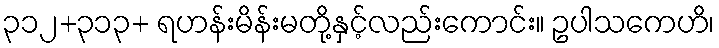
၃၁၂+၃၁၃+ ရဟန်းမိန်းမတို့နှင့်လည်းကောင်း။ ဥပါသကေဟိ၊